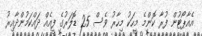
އެއާޕޯޓުން ފުރާ ކޮންމެ މީހަކު މިހާރު ވެސް 25 ޑޮލަރުގެ ފީއެއް ދައްކަމުންދާއިރު